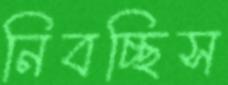
নিবচ্ছিস